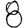
Digit: 8